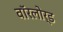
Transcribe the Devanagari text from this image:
वॉरलोर्ड